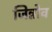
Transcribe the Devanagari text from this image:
जिन्नोव